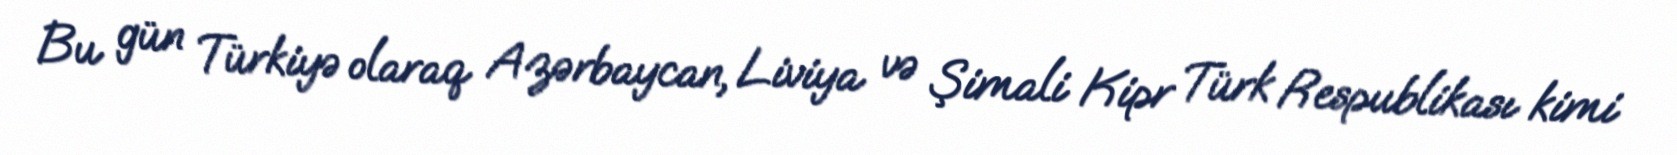
Bu gün Türkiyə olaraq Azərbaycan, Liviya və Şimali Kipr Türk Respublikası kimi